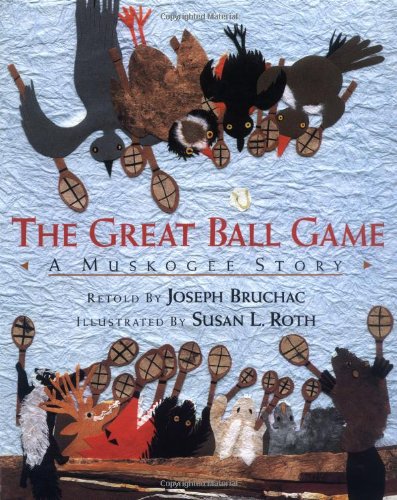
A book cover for The Great Ball Game: A Muskogee Story; Joseph Bruchac; Children's Books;